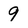
Character: 9